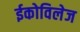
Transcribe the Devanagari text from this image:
ईकोविलेज